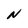
Character: N